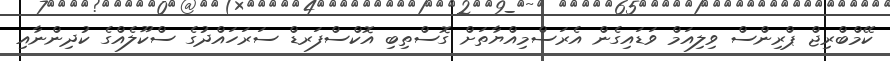
ކޭމްބްރިޖް ޕްރިންސް ވިލިއަމް ވަޑައިގެން އެރަސްމިއްޔާތަށް ގޮސްތިބި އޮކްސްފަރޑް ސަރަހައްދުގެ ސްކޫލެއްގެ ކުދިންނާއި